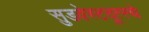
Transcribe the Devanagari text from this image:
सुडवेस्टदूत्स्चे